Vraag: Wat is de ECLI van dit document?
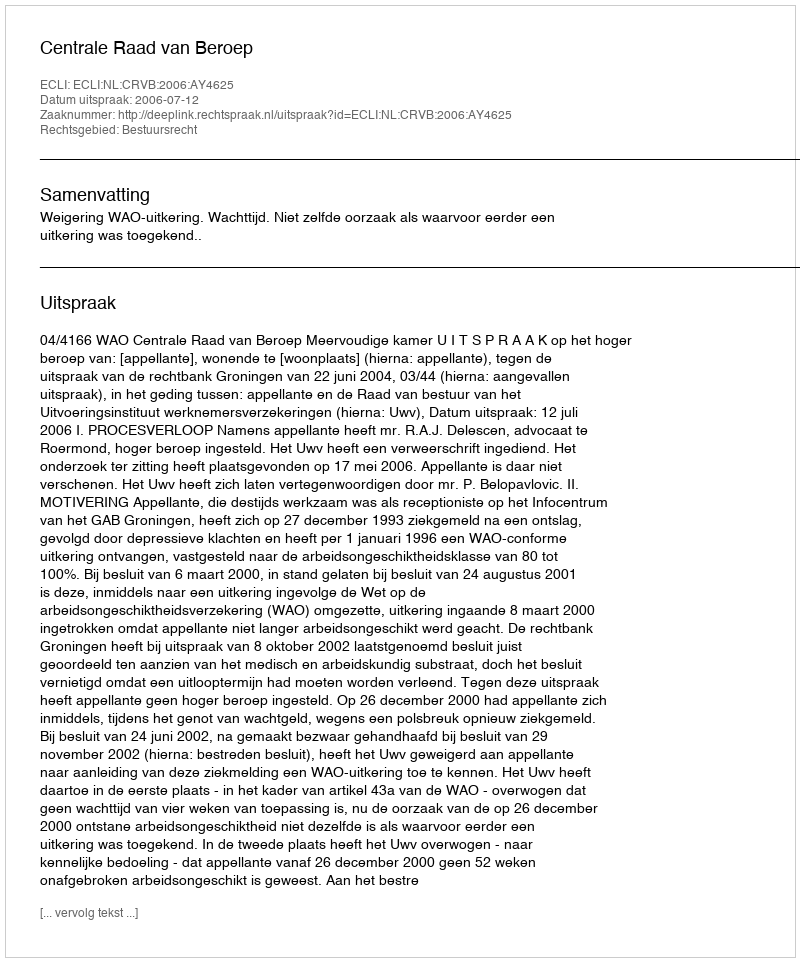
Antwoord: ECLI:NL:CRVB:2006:AY4625